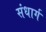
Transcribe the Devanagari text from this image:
संधार्ग